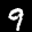
Label: 9